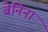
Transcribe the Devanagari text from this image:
बेनिना